Problem: 41 + 20 = ?
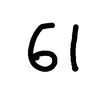
Handwritten answer: 61